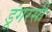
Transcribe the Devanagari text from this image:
डूंगरसी